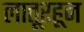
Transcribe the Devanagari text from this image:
लातूरहून